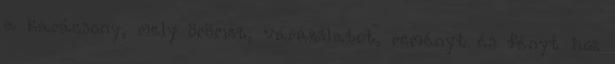
a karácsony, mely örömet, varázslatot, reményt és fényt hoz